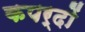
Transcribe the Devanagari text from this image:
कपर्दों